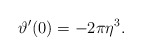
\begin{align*}\vartheta' (0) =-2 \pi \eta^3 .\end{align*}